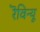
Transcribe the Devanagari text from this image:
रॆविन्यू